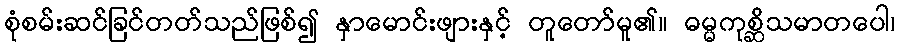
စုံစမ်းဆင်ခြင်တတ်သည်ဖြစ်၍ နှာမောင်းဖျားနှင့် တူတော်မူ၏။ ဓမ္မကုစ္ဆိသမာတပေါ၊